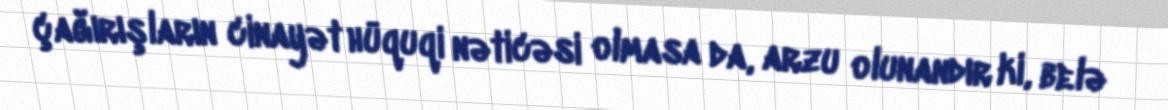
çağırışların cinayət hüquqi nəticəsi olmasa da, arzu olunandır ki, belə